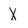
Character: X